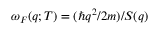
\omega _ { F } ( q ; T ) = ( \hbar q ^ { 2 } / 2 m ) / S ( q )